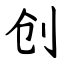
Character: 创